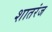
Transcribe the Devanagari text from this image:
शातरंज